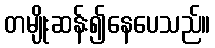
တမျိုးဆန်း၍နေပေသည်။